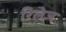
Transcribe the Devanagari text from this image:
रिलेज